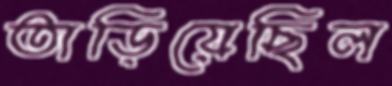
তাড়িয়েছিল